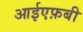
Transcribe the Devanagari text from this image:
आईएफ़बी